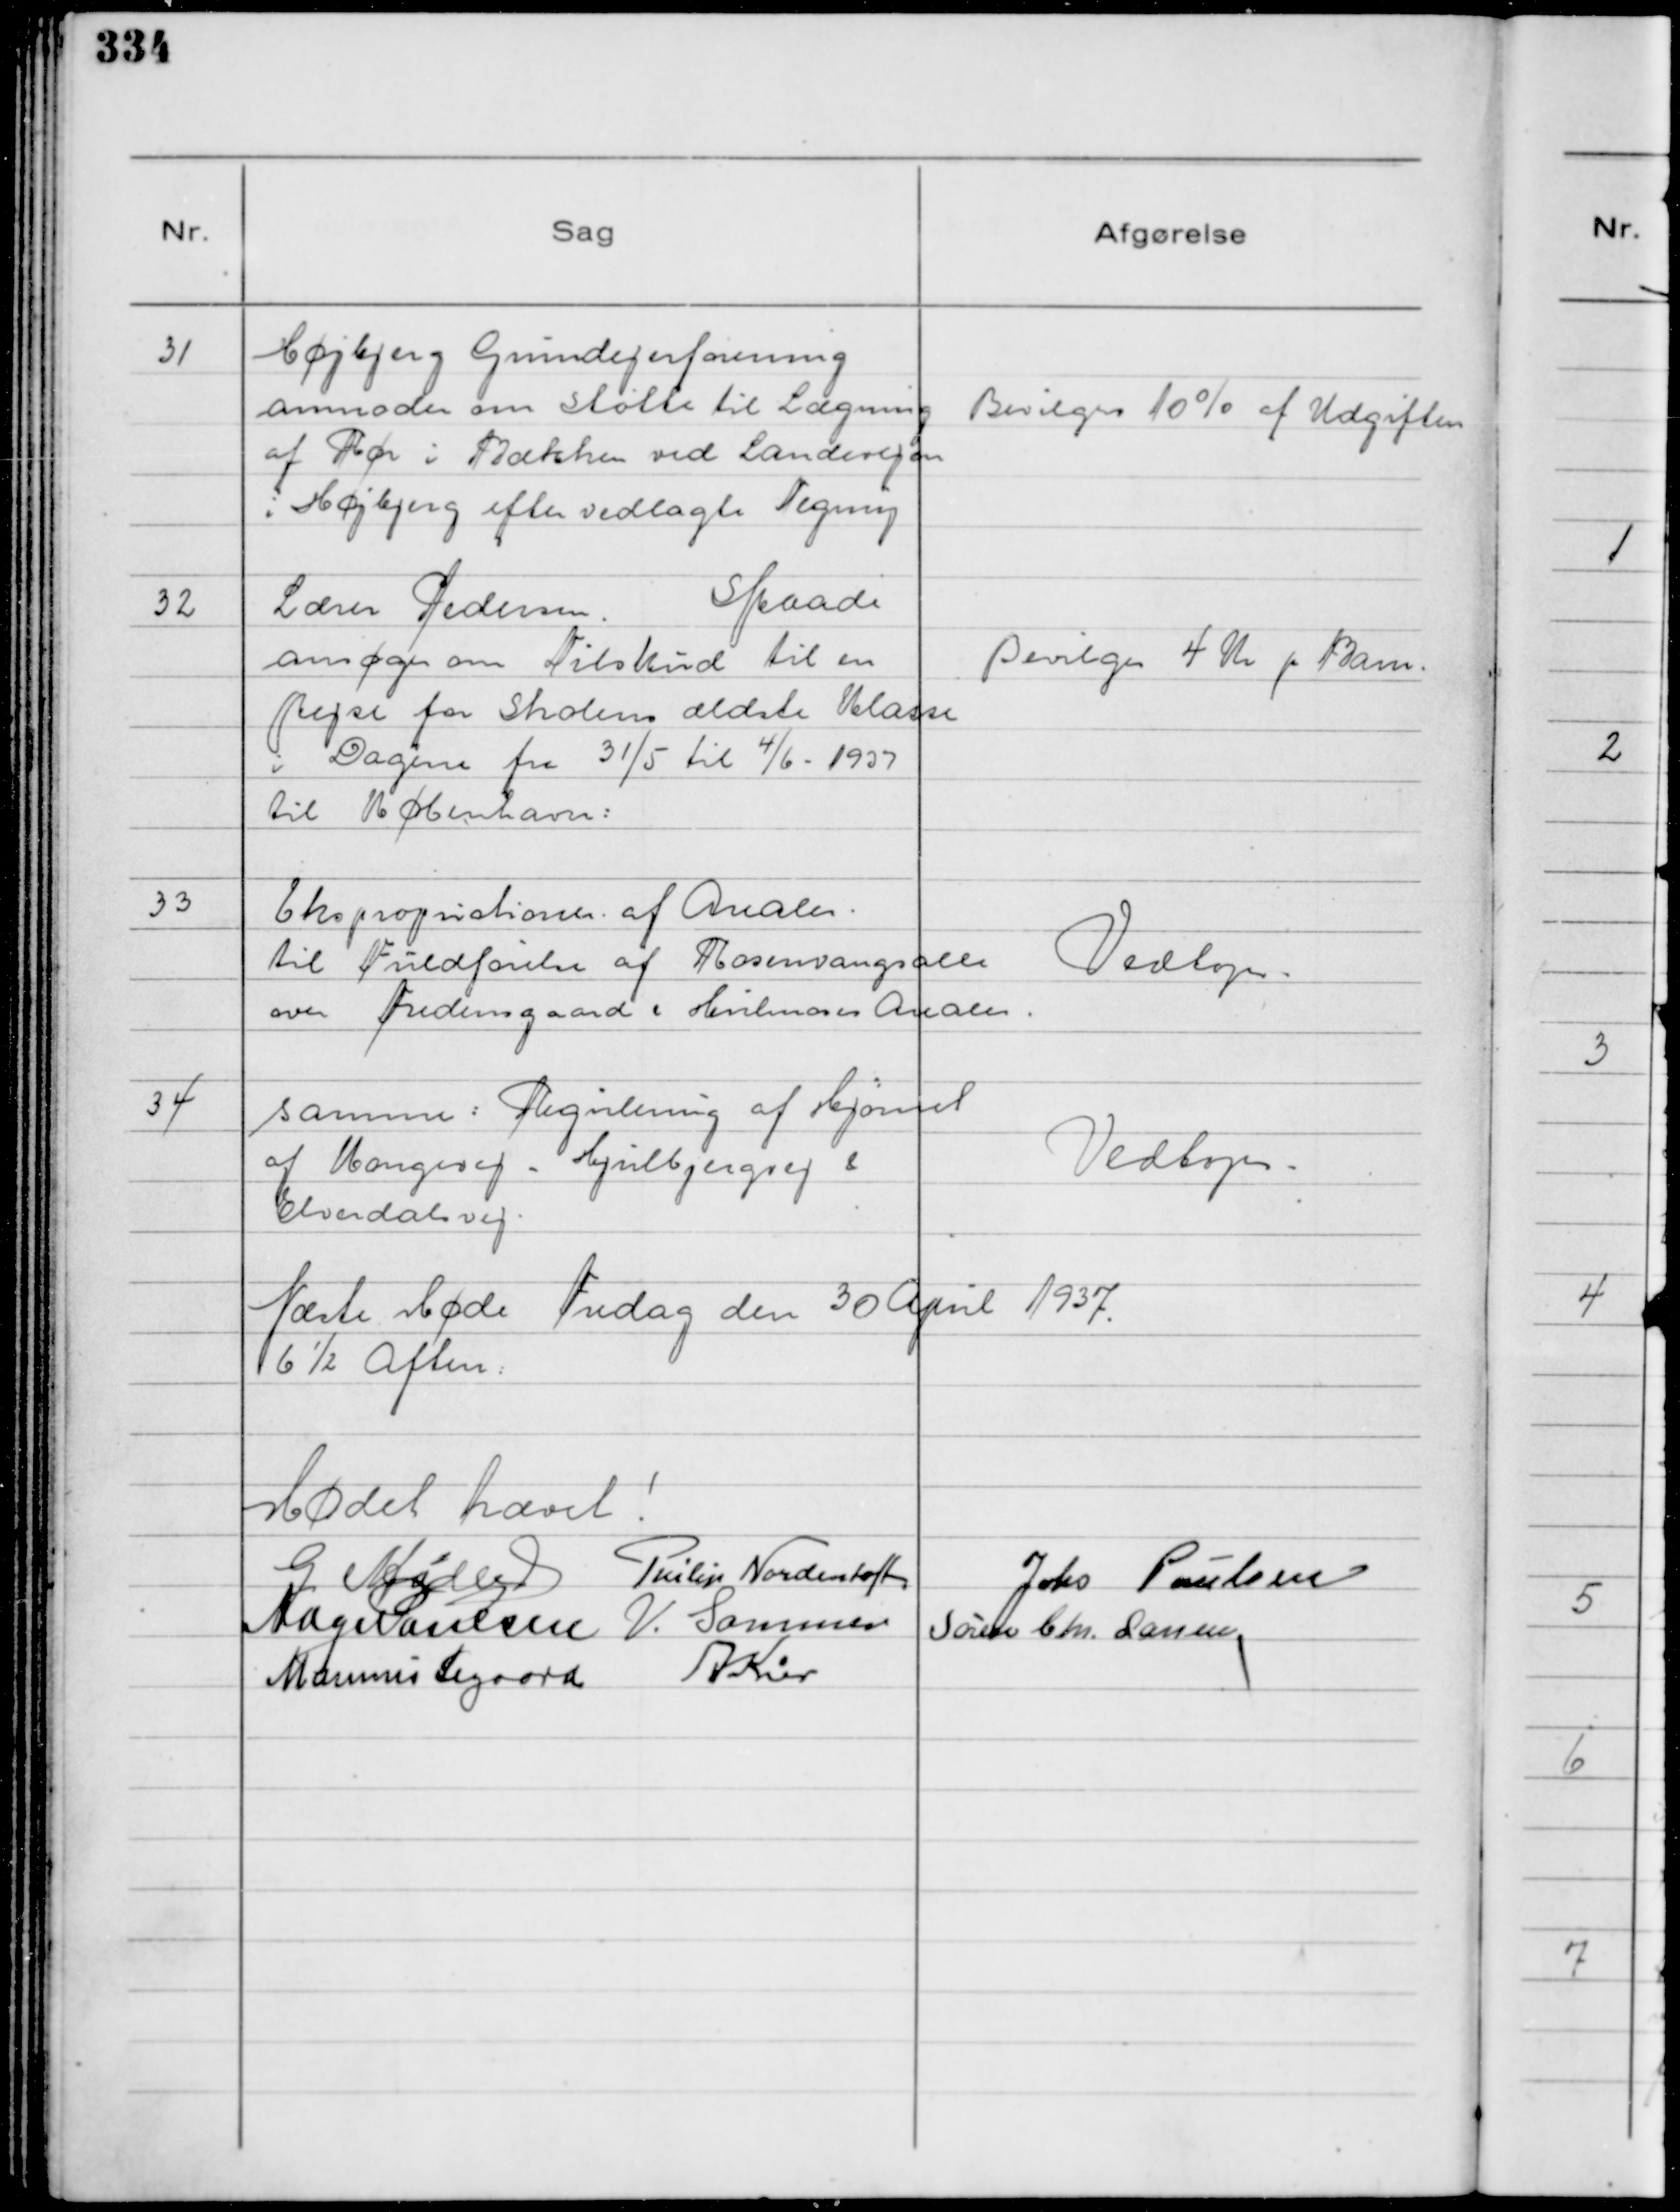
Transskription:
31
Højbjerg Grundejerforening
anmoder om Støtte til Lægning
af Rør i Bækken ved Landevejen
i Højbjerg efter vedlagte Tegning

Bevilges 10% af Udgiften

32
Lærer Pedersen
Skaade
ansøger om Tilskud til en
Rejse for Skolens ældste Klasse
i Dagene fra 31/5 til 4/6 - 1937
til København:

Bevilges 4 Kr pr Barn.

33
Ekspropriationer . af Arealer .
til Fuldførelse af Rosenvangsalle
over Fredensgaard & Hvilmoses Arealer.

Vedtoges.

34
samme: Registrering af Hjørnet
af Kongevej - Hjulbjergvej &
Elverdalsvej.

Vedtoges.

Næste Møde Fredag den 30 April 1937.
6½ Aften:

Mødet hævet!
G Møller
Philip Nordentoft
Johs Poulsen
Aage Poulsen
V. Sommer
Søren Chr. Larsen
Marinus Sigaard
A Kier